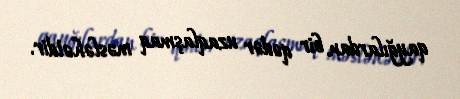
qayğılardan bir qədər uzaqlaşmaq məsləhətdir.